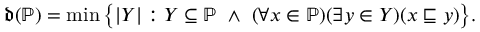
{ \mathfrak { d } } ( { \mathbb { P } } ) = \operatorname* { m i n } { \big \{ } | Y | : Y \subseteq { \mathbb { P } } \ \wedge \ ( \forall x \in { \mathbb { P } } ) ( \exists y \in Y ) ( x \sqsubseteq y ) { \big \} } .